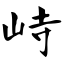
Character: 峙